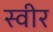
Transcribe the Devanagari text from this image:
स्वीर